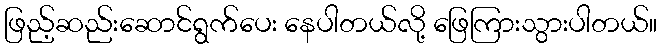
ဖြည့်ဆည်းဆောင်ရွက်ပေး နေပါတယ်လို့ ဖြေကြားသွားပါတယ်။